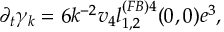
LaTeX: \partial _ { t } \gamma _ { k } = 6 k ^ { - 2 } v _ { 4 } l _ { 1 , 2 } ^ { ( F B ) 4 } ( 0 , 0 ) e ^ { 3 } ,